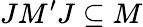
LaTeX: JM^{\prime}J\subseteq M